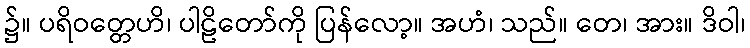
၌။ ပရိဝတ္တေဟိ၊ ပါဠိတော်ကို ပြန်လော့။ အဟံ၊ သည်။ တေ၊ အား။ ဒိဝါ၊